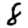
Digit: 8